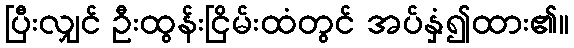
ပြီးလျှင် ဦးထွန်းငြိမ်းထံတွင် အပ်နှံ၍ထား၏။